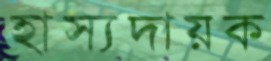
হাস্যদায়ক